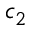
c _ { 2 }